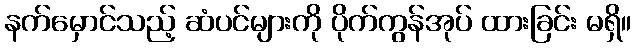
နက်မှောင်သည့် ဆံပင်များကို ပိုက်ကွန်အုပ် ထားခြင်း မရှိ။